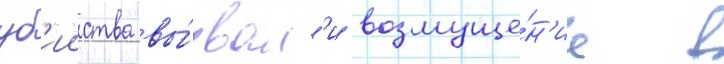
уб'ииства вы́звал'и возмуще́н'ие в